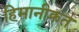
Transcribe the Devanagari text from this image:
हिमानीक्रत